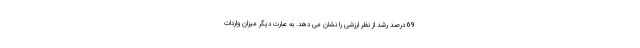
69 درصد رشد از نظر ارزشی را نشان می دهد. به عبارت دیگر میزان واردات